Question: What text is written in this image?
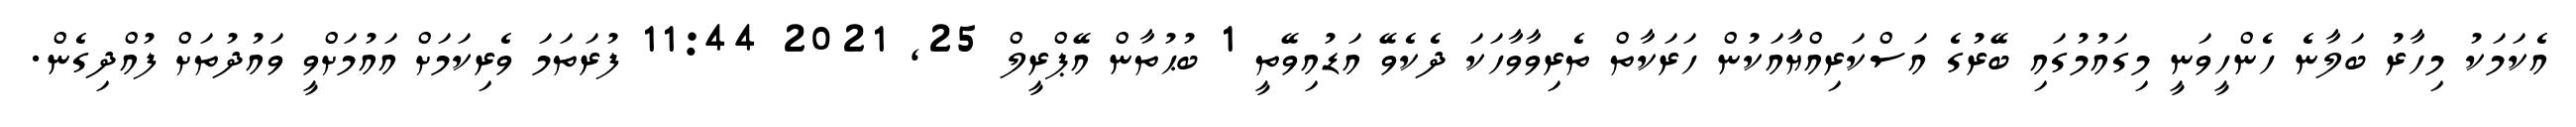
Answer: އެކަމަކު މިހާރު ބަލާނެ ހެންހީވަނީ މިގައުމުގައި ބޭރުގެ އަސްކަރިއްޔާއަކުން ހަރަކާތް ތެރިވާވާހަކަ ދެކެވޭ އަޑުއިވޭތީ 1 ބުޙުތާން އޭޕްރީލް 25, 2021 11:44 ފުރަތަމަ ވެރިކަމަށް އައުމަށްވީ ވައުދުތަށް ފުއްދިގެން.